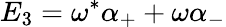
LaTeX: E_{3}=\omega^{\ast}\alpha_{+}+\omega\alpha_{-}